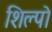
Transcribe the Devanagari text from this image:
शिल्पो